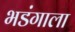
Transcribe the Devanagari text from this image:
भडंगाला